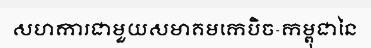
សហការជាមួយសមាគមកេបិច-កម្ពុជានៃ